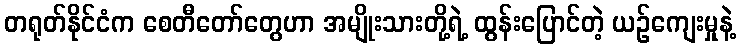
တရုတ်နိုင်ငံက စေတီတော်တွေဟာ အမျိုးသားတို့ရဲ့ ထွန်းပြောင်တဲ့ ယဉ်ကျေးမှုနဲ့